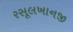
રસૂલખાનજી